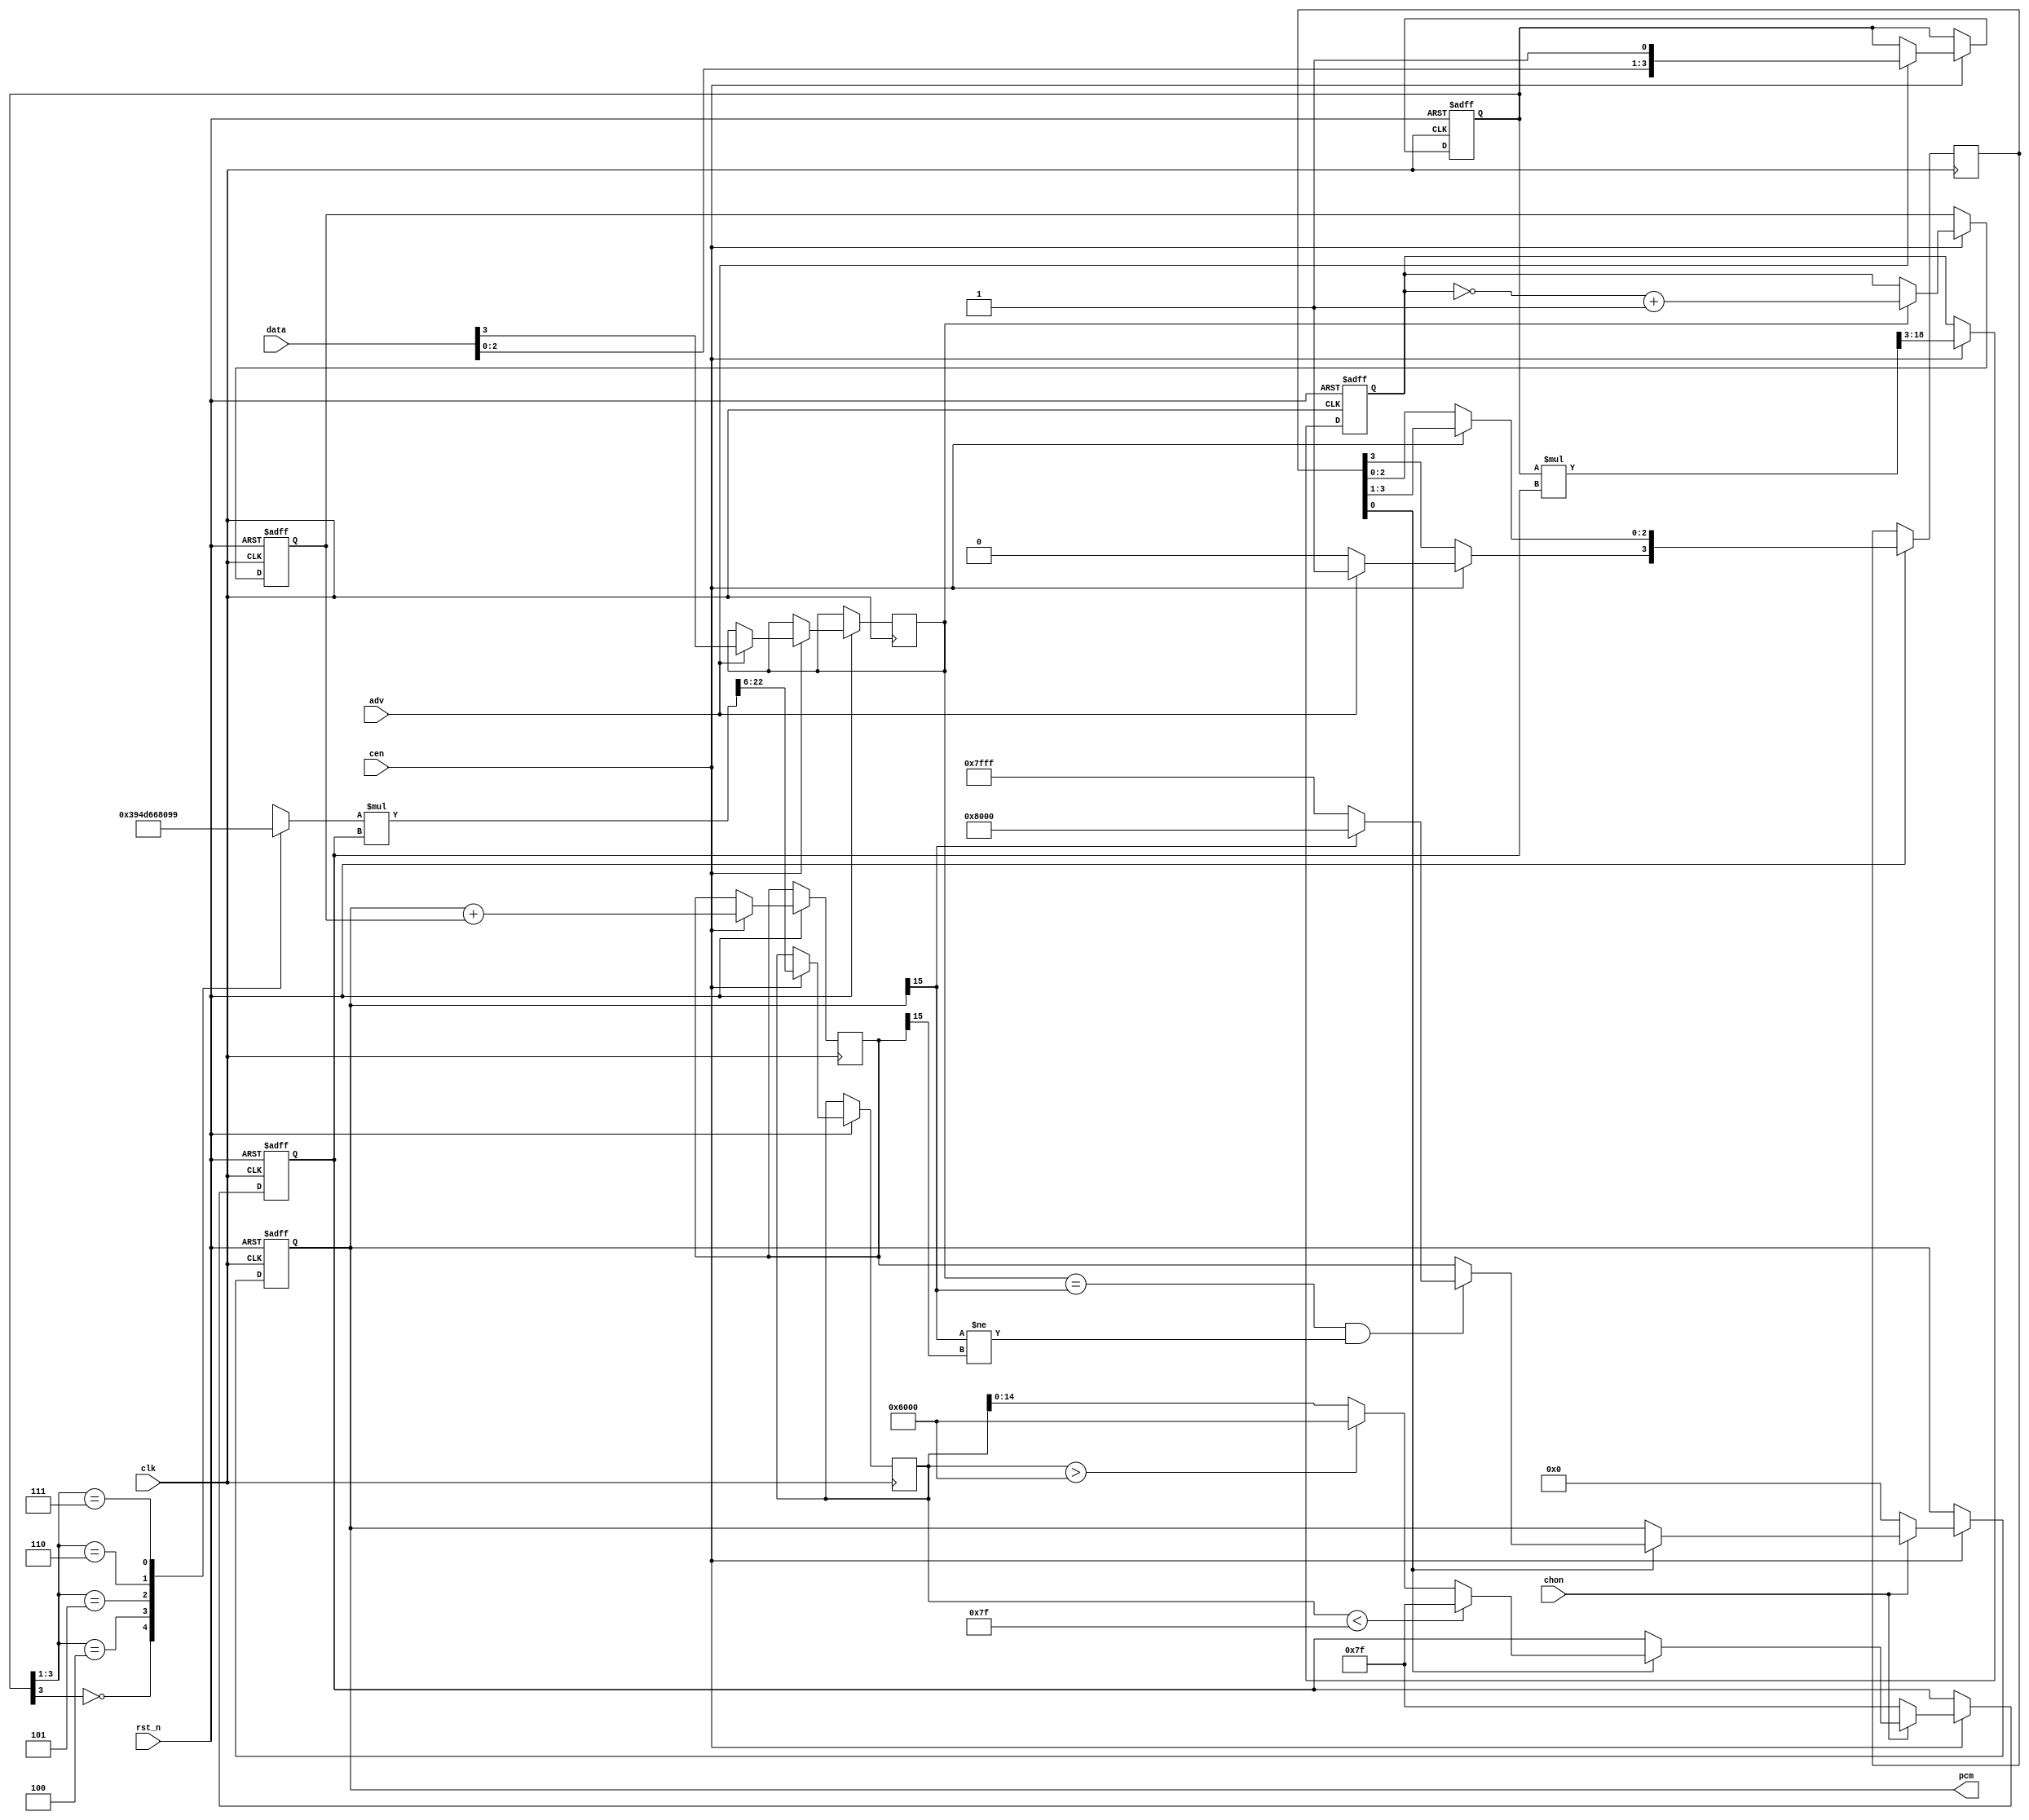
/* This file is part of JT12.


    JT12 program is free software: you can redistribute it and/or modify
    it under the terms of the GNU General Public License as published by
    the Free Software Foundation, either version 3 of the License, or
    (at your option) any later version.

    JT12 program is distributed in the hope that it will be useful,
    but WITHOUT ANY WARRANTY; without even the implied warranty of
    MERCHANTABILITY or FITNESS FOR A PARTICULAR PURPOSE.  See the
    GNU General Public License for more details.

    You should have received a copy of the GNU General Public License
    along with JT12.  If not, see <http://www.gnu.org/licenses/>.

    Author: Jose Tejada Gomez. Twitter: @topapate
    Version: 1.0
    Date: 21-03-2019
*/

// Sampling rates: 2kHz ~ 55.5 kHz. in 0.85Hz steps

module jt10_adpcmb(
    input           rst_n,
    input           clk,        // CPU clock
    input           cen,        // optional clock enable, if not needed leave as 1'b1
    input   [3:0]   data,
    input           chon,       // high if this channel is on
    input           adv,
    output signed [15:0] pcm
);

localparam stepw = 15, xw=16;

reg signed [xw-1:0] x1, next_x5;
reg [stepw-1:0] step1;
reg [stepw+1:0] next_step3;
assign pcm = x1[xw-1:xw-16];

wire [xw-1:0] limpos = 32767;
wire [xw-1:0] limneg = -32768;

reg  [18:0] d2l;
reg  [xw-1:0] d3,d4;
reg  [3:0]  d2;
reg  [7:0]  step_val;
reg  [22:0] step2l;

always @(*) begin
    casez( d2[3:1] )
        3'b0_??: step_val = 8'd57;
        3'b1_00: step_val = 8'd77;
        3'b1_01: step_val = 8'd102;
        3'b1_10: step_val = 8'd128;
        3'b1_11: step_val = 8'd153;
    endcase
    d2l    = d2 * step1; // 4 + 15 = 19 bits -> div by 8 -> 16 bits
    step2l = step_val * step1; // 15 bits + 8 bits = 23 bits -> div 64 -> 17 bits
end

// Original pipeline: 6 stages, 6 channels take 36 clock cycles
// 8 MHz -> /12 divider -> 666 kHz
// 666 kHz -> 18.5 kHz = 55.5/3 kHz

reg [3:0] data2;
reg sign_data;

reg [3:0] adv2;

always @( posedge clk or negedge rst_n )
    if( ! rst_n ) begin
        x1 <= 'd0; step1 <= 'd127;
        d2 <= 'd0; d3 <= 'd0; d4 <= 'd0;
    end else if(cen) begin
        adv2 <= {1'b0,adv2[3:1]};
        // I
        if( adv ) begin
            d2        <= {data[2:0],1'b1};
            sign_data <= data[3];
            adv2[3] <= 1'b1;
        end
        // II multiply and obtain the offset
        d3        <= { {xw-16{1'b0}}, d2l[18:3] }; // xw bits
        next_step3<= step2l[22:6];
        // III 2's complement of d3 if necessary
        d4        <= sign_data ? ~d3+1 : d3;
        // IV   Advance the waveform
        next_x5   <= x1+d4;
        // V: limit or reset outputs
        if( chon ) begin // update values if needed
            if( adv2[0] ) begin
                    if( sign_data == x1[xw-1] && (x1[xw-1]!=next_x5[xw-1]) )
                        x1 <= x1[xw-1] ? limneg : limpos;
                    else
                        x1 <= next_x5;

                    if( next_step3 < 127 )
                        step1  <= 15'd127;
                    else if( next_step3 > 24576 )
                        step1  <= 15'd24576;
                    else
                        step1 <= next_step3[14:0];
                end
        end else begin
            x1      <= 'd0;
            step1   <= 'd127;
        end
    end


endmodule // jt10_adpcm